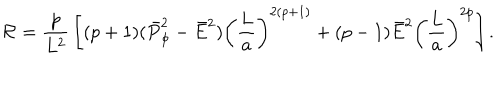
{ \cal R } = { \frac { p } { L ^ { 2 } } } \left[ ( p + 1 ) ( \bar { P } _ { \phi } ^ { 2 } - \bar { E } ^ { 2 } ) \left( { \frac { L } { a } } \right) ^ { 2 ( p + 1 ) } + ( p - 1 ) \bar { E } ^ { 2 } \left( { \frac { L } { a } } \right) ^ { 2 p } \right] .